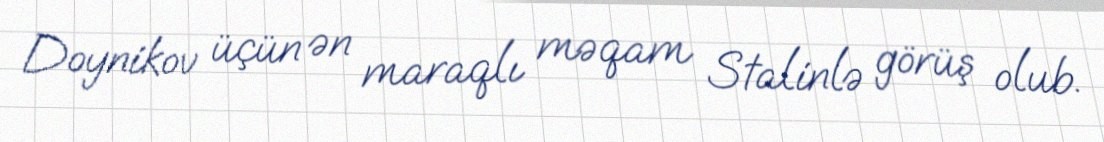
Doynikov üçün ən maraqlı məqam Stalinlə görüş olub.